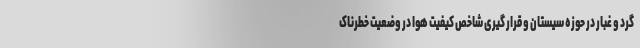
گرد و غبار در حوزه سیستان و قرار گیری شاخص کیفیت هوا در وضعیت خطرناک